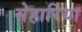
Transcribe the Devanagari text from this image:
सेहारिया